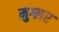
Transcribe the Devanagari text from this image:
मुग्लर